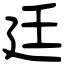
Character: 廷